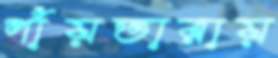
পাঁয়তারায়